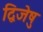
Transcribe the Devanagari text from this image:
द्विजेषु